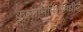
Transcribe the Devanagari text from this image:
कलानिर्मितीमधील